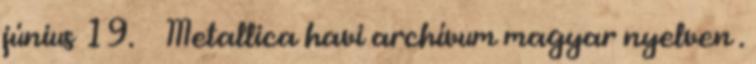
június 19. ↑ Metallica havi archívum magyar nyelven .